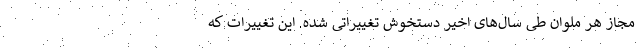
مجاز هر ملوان طی سال‌های اخیر دستخوش تغییراتی شده. این تغییرات که